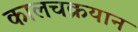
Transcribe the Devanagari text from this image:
कालचक्रयान